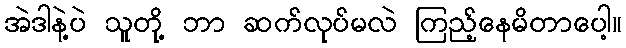
အဲဒါနဲ့ပဲ သူတို့ ဘာ ဆက်လုပ်မလဲ ကြည့်နေမိတာပေါ့။